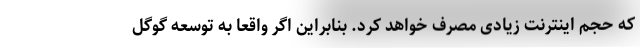
که حجم اینترنت زیادی مصرف خواهد کرد. بنابراین اگر واقعا به توسعه گوگل